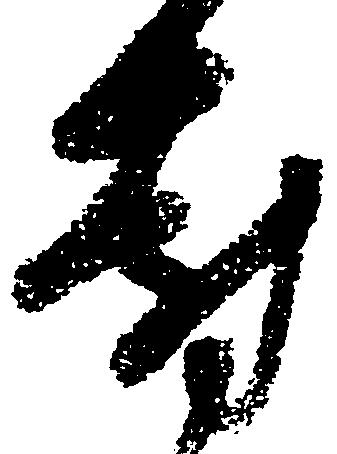
対